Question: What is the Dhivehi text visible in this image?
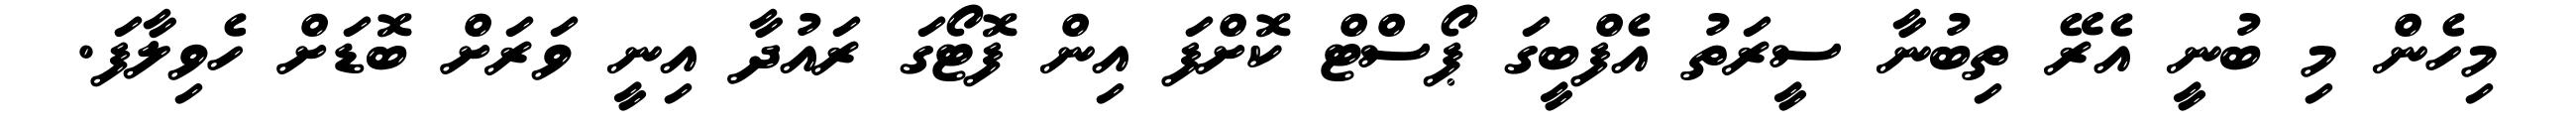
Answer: މިހެން މި ބުނީ އެރޭ ތިބުނާ ސީރަތު އެފްބީގަ ޕޯސްޓް ކޮށްފަ އިން ފޮޓޯގަ ރައުދާ އިނީ ވަރަށް ބޮޑަށް ހެވިލާފަ.